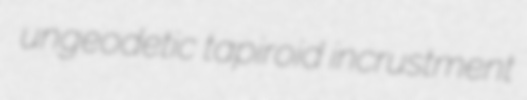
ungeodetic tapiroid incrustment